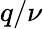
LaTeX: q/\nu